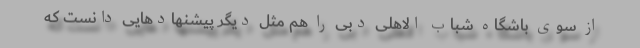
از سوی باشگاه شباب الاهلی دبی را هم مثل دیگر پیشنهادهایی دانست که